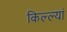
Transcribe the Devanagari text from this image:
किल्ल्यां